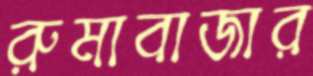
রুমাবাজার